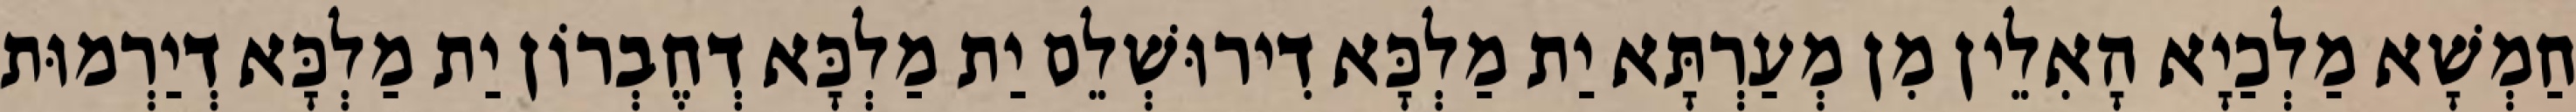
חַמְשָׁא מַלְכַיָא הָאִלֵין מִן מְעַרְתָּא יַת מַלְכָּא דִירוּשְׁלֵם יַת מַלְכָּא דְחֶבְרוֹן יַת מַלְכָּא דְיַרְמוּת